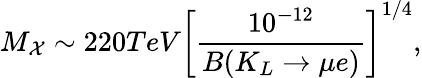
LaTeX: M_{\mathcal{X}}\sim 220TeV\left[\frac{10^{-12}}{B(K_{L}\rightarrow\mu e)}\right]^{1/4},